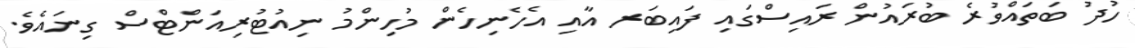
ހުދު ބަތައްވުރެ ބުރައުން ރައިސްގައި ފައިބަރ އާއި އެހެނިހެން މުހިންމު ނިއުޓުރިއަންޓްސް ގިނައެވެ.